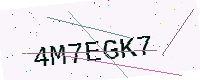
Text: 4M7EGK7